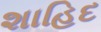
શાહિદ